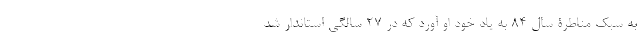
به سبک مناطرۀ سال 84 به یاد خود او آورد که در 27 سالگی استاندار شد